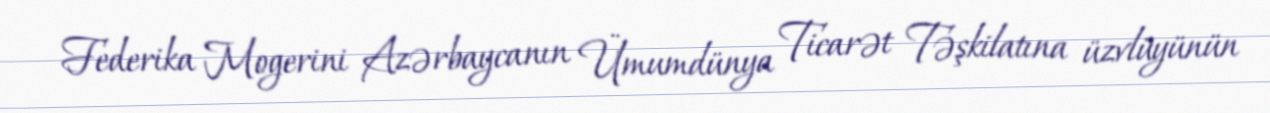
Federika Mogerini Azərbaycanın Ümumdünya Ticarət Təşkilatına üzvlüyünün